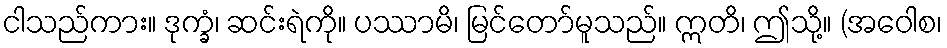
ငါသည်ကား။ ဒုက္ခံ၊ ဆင်းရဲကို။ ပဿာမိ၊ မြင်တော်မူသည်။ ဣတိ၊ ဤသို့။ (အဝေါစ၊